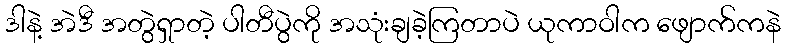
ဒါနဲ့ အဲဒီ အတွဲရှာတဲ့ ပါတီပွဲကို အသုံးချခဲ့ကြတာပဲ ယုကာဝါက ဖျောက်ကနဲ